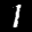
Label: 1